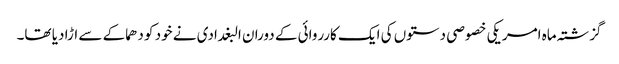
گزشتہ ماہ امریکی خصوصی دستوں کی ایک کارروائی کے دوران البغدادی نے خود کو دھماکے سے اڑا دیا تھا۔